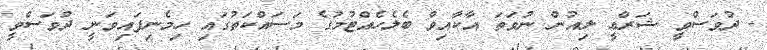
- ދުވަސްވީ ޝަރްޢީ ލިއުން ނުވަތަ އާކާއިވް ބެލެހެއްޓުމުގެ މަސައްކަތުގައި ހިމެނިފައިވަނީ ދުވަސްވީ